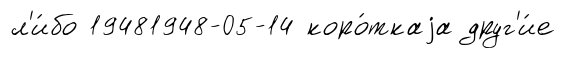
л'и́бо 19481948-05-14 коро́ткаjа друг'и́е